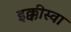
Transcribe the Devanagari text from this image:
इक्कीस्वा